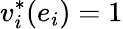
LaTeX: v_{i}^{*}(e_{i})=1